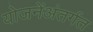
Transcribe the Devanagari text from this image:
योजनेंअंतर्गत